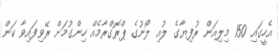
އެހީގައި 150 މިލިއަން ރުފިޔާގެ ލުއި ލޯނުގެ ޕްރޮގްރާމެއް ހިންގުމަށް ރޭވިފައިވާ ކަން